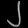
Digit: ၂